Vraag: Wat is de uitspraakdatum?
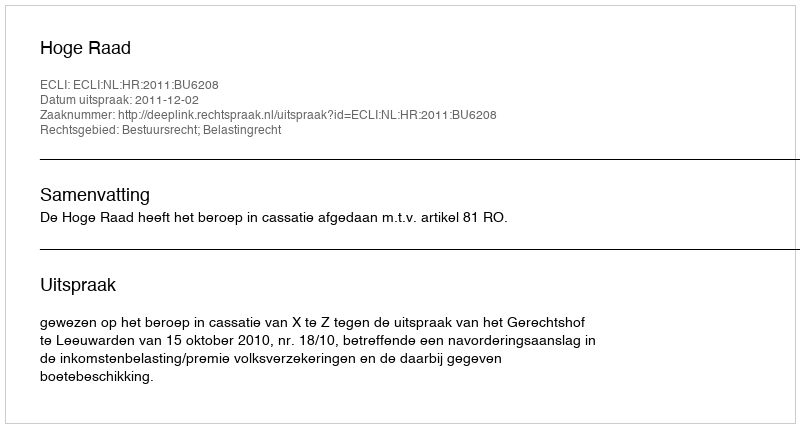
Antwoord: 2011-12-02